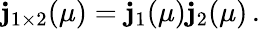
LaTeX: \mathbf{j}_{1\times2}(\mu)=\mathbf{j}_{1}(\mu)\mathbf{j}_{2}(\mu)\, .